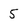
Character: 5